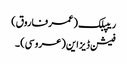
ریپبلک (عمر فاروق)
فیشن ڈیزاین (عروسی) ۔